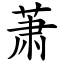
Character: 萧